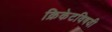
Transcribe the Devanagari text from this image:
क्रिकेटविषयी